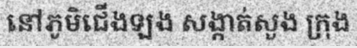
នៅភូមិជើងឡង សង្កាត់សួង ក្រុង